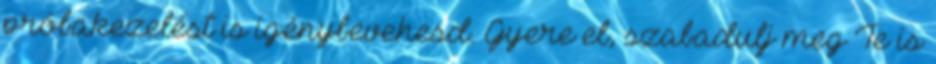
próbakezelést is igénybevehesd. Gyere el, szabadulj meg Te is